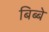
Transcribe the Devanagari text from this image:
बिब्बे